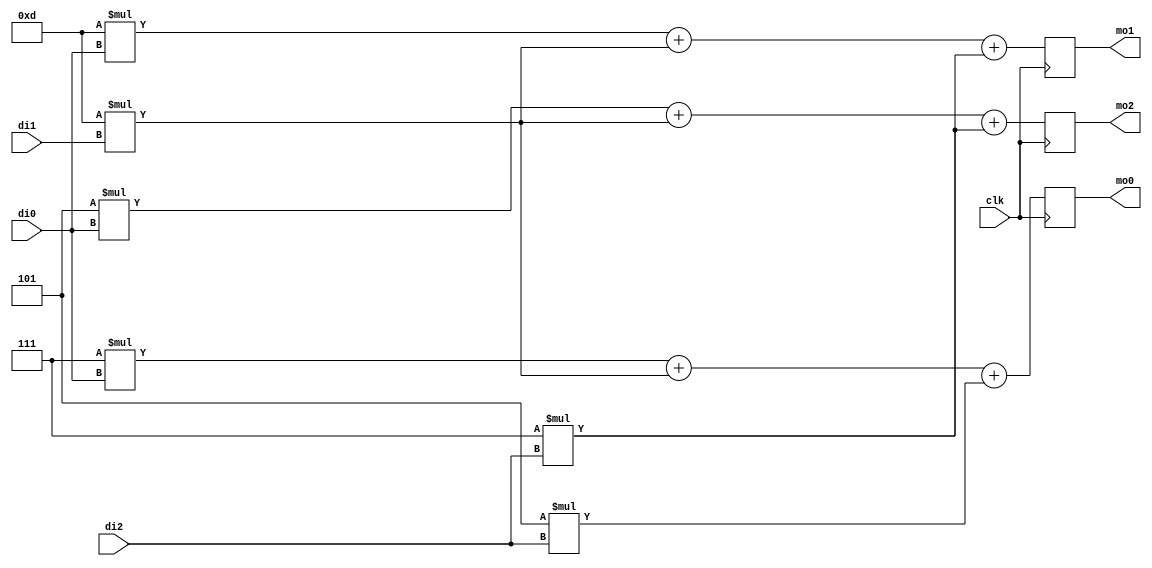
module matrix_mul(
	input clk, 
	input [3:0] di0, 
	input [3:0] di1, 
	input [3:0] di2, 
	output reg [9:0] mo0, 
	output reg [9:0] mo1, 
	output reg [9:0] mo2);
	
parameter a = 7;
parameter b = 13;
parameter c = 5;

	/*reg [9:0] mo0; 
	reg [9:0] mo1; 
	reg [9:0] mo2;*/

always@(posedge clk) begin
	mo0 = a*di0 + b*di1 + c*di2;
	mo1 = b*di0 + b*di1 + a*di2;
	mo2 = c*di0 + b*di1 + a*di2;
end






	
	
endmodule